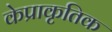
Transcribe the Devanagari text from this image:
केप्राकृतिक